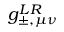
g _ { \pm , \mu \nu } ^ { L R }